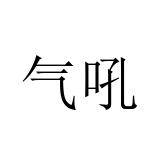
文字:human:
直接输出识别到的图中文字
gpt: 气吼